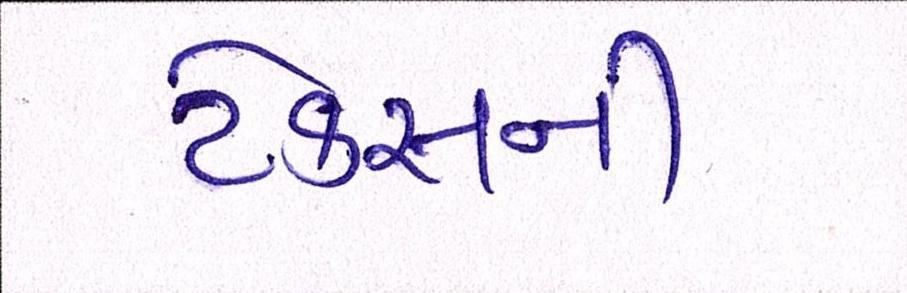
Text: ટેકસની